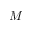
M